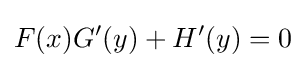
F(x)G'(y)+H'(y)=0